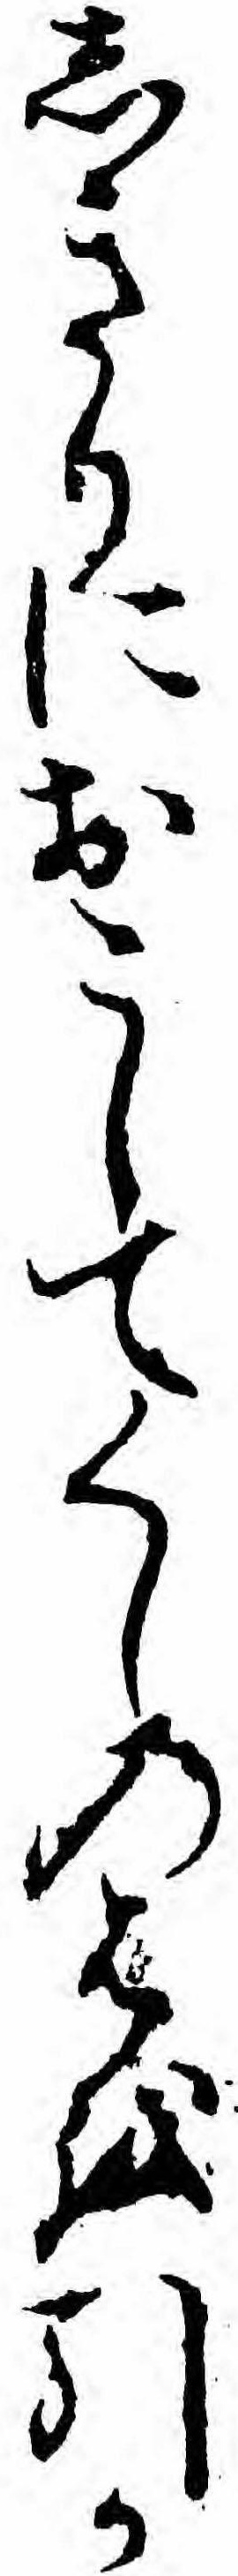
しきりにおこしてくしのはを引か